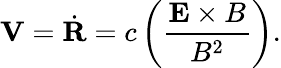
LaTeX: {\mathbf V}=\dot{\mathbf R}=c\left({\frac{\mathbf E\times B}{B^{2}}}\right).